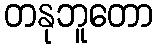
တနုဘူတော